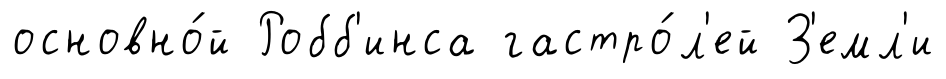
основно́й Робб'инса гастро́л'ей З'емл'и